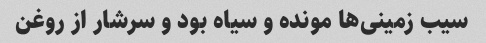
سیب زمینی‌ها مونده و سیاه بود و سرشار از روغن